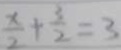
\frac { x } { 2 } + \frac { 3 } { 2 } = 3